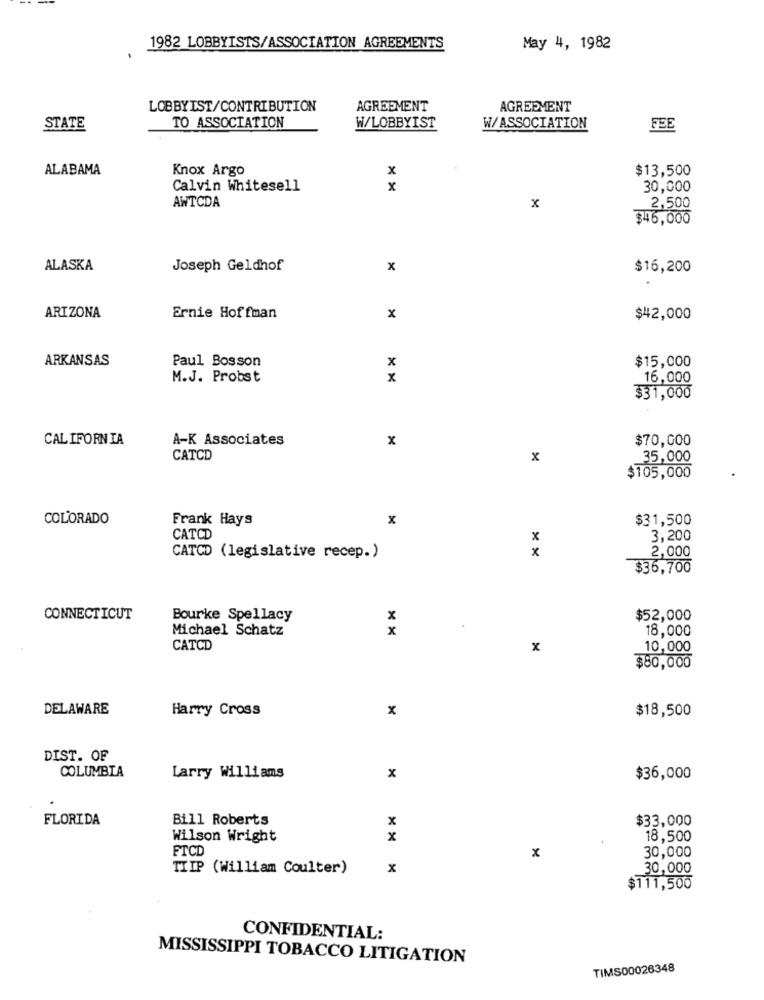
1982 LOBBYISTS/ASSOCIATION AGREEMENTS
May 4, 1982
LOBBYIST/CONTRIBUTION
AGREEMENT
AGREEMENT
TO ASSOCIATION
STATE
W/LOBBYIST
W/ASSOCIATION
FEE
ALABAMA
Knox Argo
x
$13,500
Calvin Whitesell
x
30,000
AWTCDA
x
2,500
346,000
ALASKA
Joseph Geldhof
x
$16,200
ARIZONA
Ernie Hoffman
x
$42,000
ARKANSAS
Paul Bosson
$15,000
x
M.J. Probst
x
16,000
$31,000
CALIFORNIA
A-K Associates
x
$70,000
CATCD
x
35,000
$105,000
COLORADO
Frank Hays
x
$31,500
CATCD
x
3,200
x
CATCD (legislative recep.)
2,000
$36,700
CONNECTICUT
Bourke Spellacy
x
$52,000
Michael Schatz
x
18,000
CATCD
x
10,000
$80,000
DELAWARE
Harry Cross
x
$18,500
DIST. OF
COLUMBIA
Larry Williams
x
$36,000
FLORIDA
Bill Roberts
x
$33,000
Wilson Wright
x
18,500
FTCD
30,000
x
TIIP (William Coulter)
x
30,000
$111,500
CONFIDENTIAL:
MISSISSIPPI TOBACCO LITIGATION
TIMS00026348